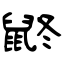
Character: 鼨